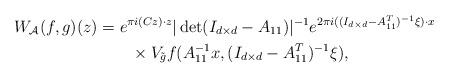
LaTeX: \begin{align*}W_\mathcal{A}(f,g)(z)&=e^{\pi i (Cz)\cdot z}|\det(I_{d\times d}-A_{11})|^{-1}e^{2\pi i((I_{d\times d}-A_{11}^T)^{-1}\xi)\cdot x}\\&\qquad\times V_{\tilde{g}}f(A_{11}^{-1}x,(I_{d\times d}-A_{11}^T)^{-1}\xi),\end{align*}